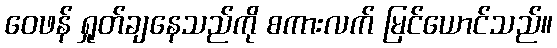
ဝေဖန် ရှုတ်ချနေသည်ကို စကားလက် မြင်ယောင်သည်။